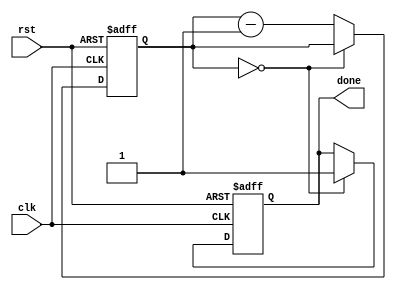
module decremental_for_loop (
    input wire clk,
    input wire rst,
    output wire done
);

reg [7:0] index;
reg [7:0] min_value = 0;

always @ (posedge clk or posedge rst) begin
    if (rst) begin
        index <= 7'hFF; // initialize index to maximum value
        done <= 1'b0;
    end else begin
        if (index == min_value) begin
            done <= 1'b1;
        end else begin
            index <= index - 1; // decrement index after each iteration
            // perform operations based on index value here
        end
    end
end

endmodule